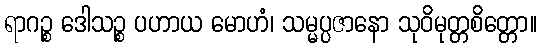
ရာဂဉ္စ ဒေါသဉ္စ ပဟာယ မောဟံ၊ သမ္မပ္ပဇာနော သုဝိမုတ္တစိတ္တော။